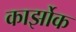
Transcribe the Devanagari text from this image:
कार्झोक